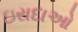
ઇરાદાઓ